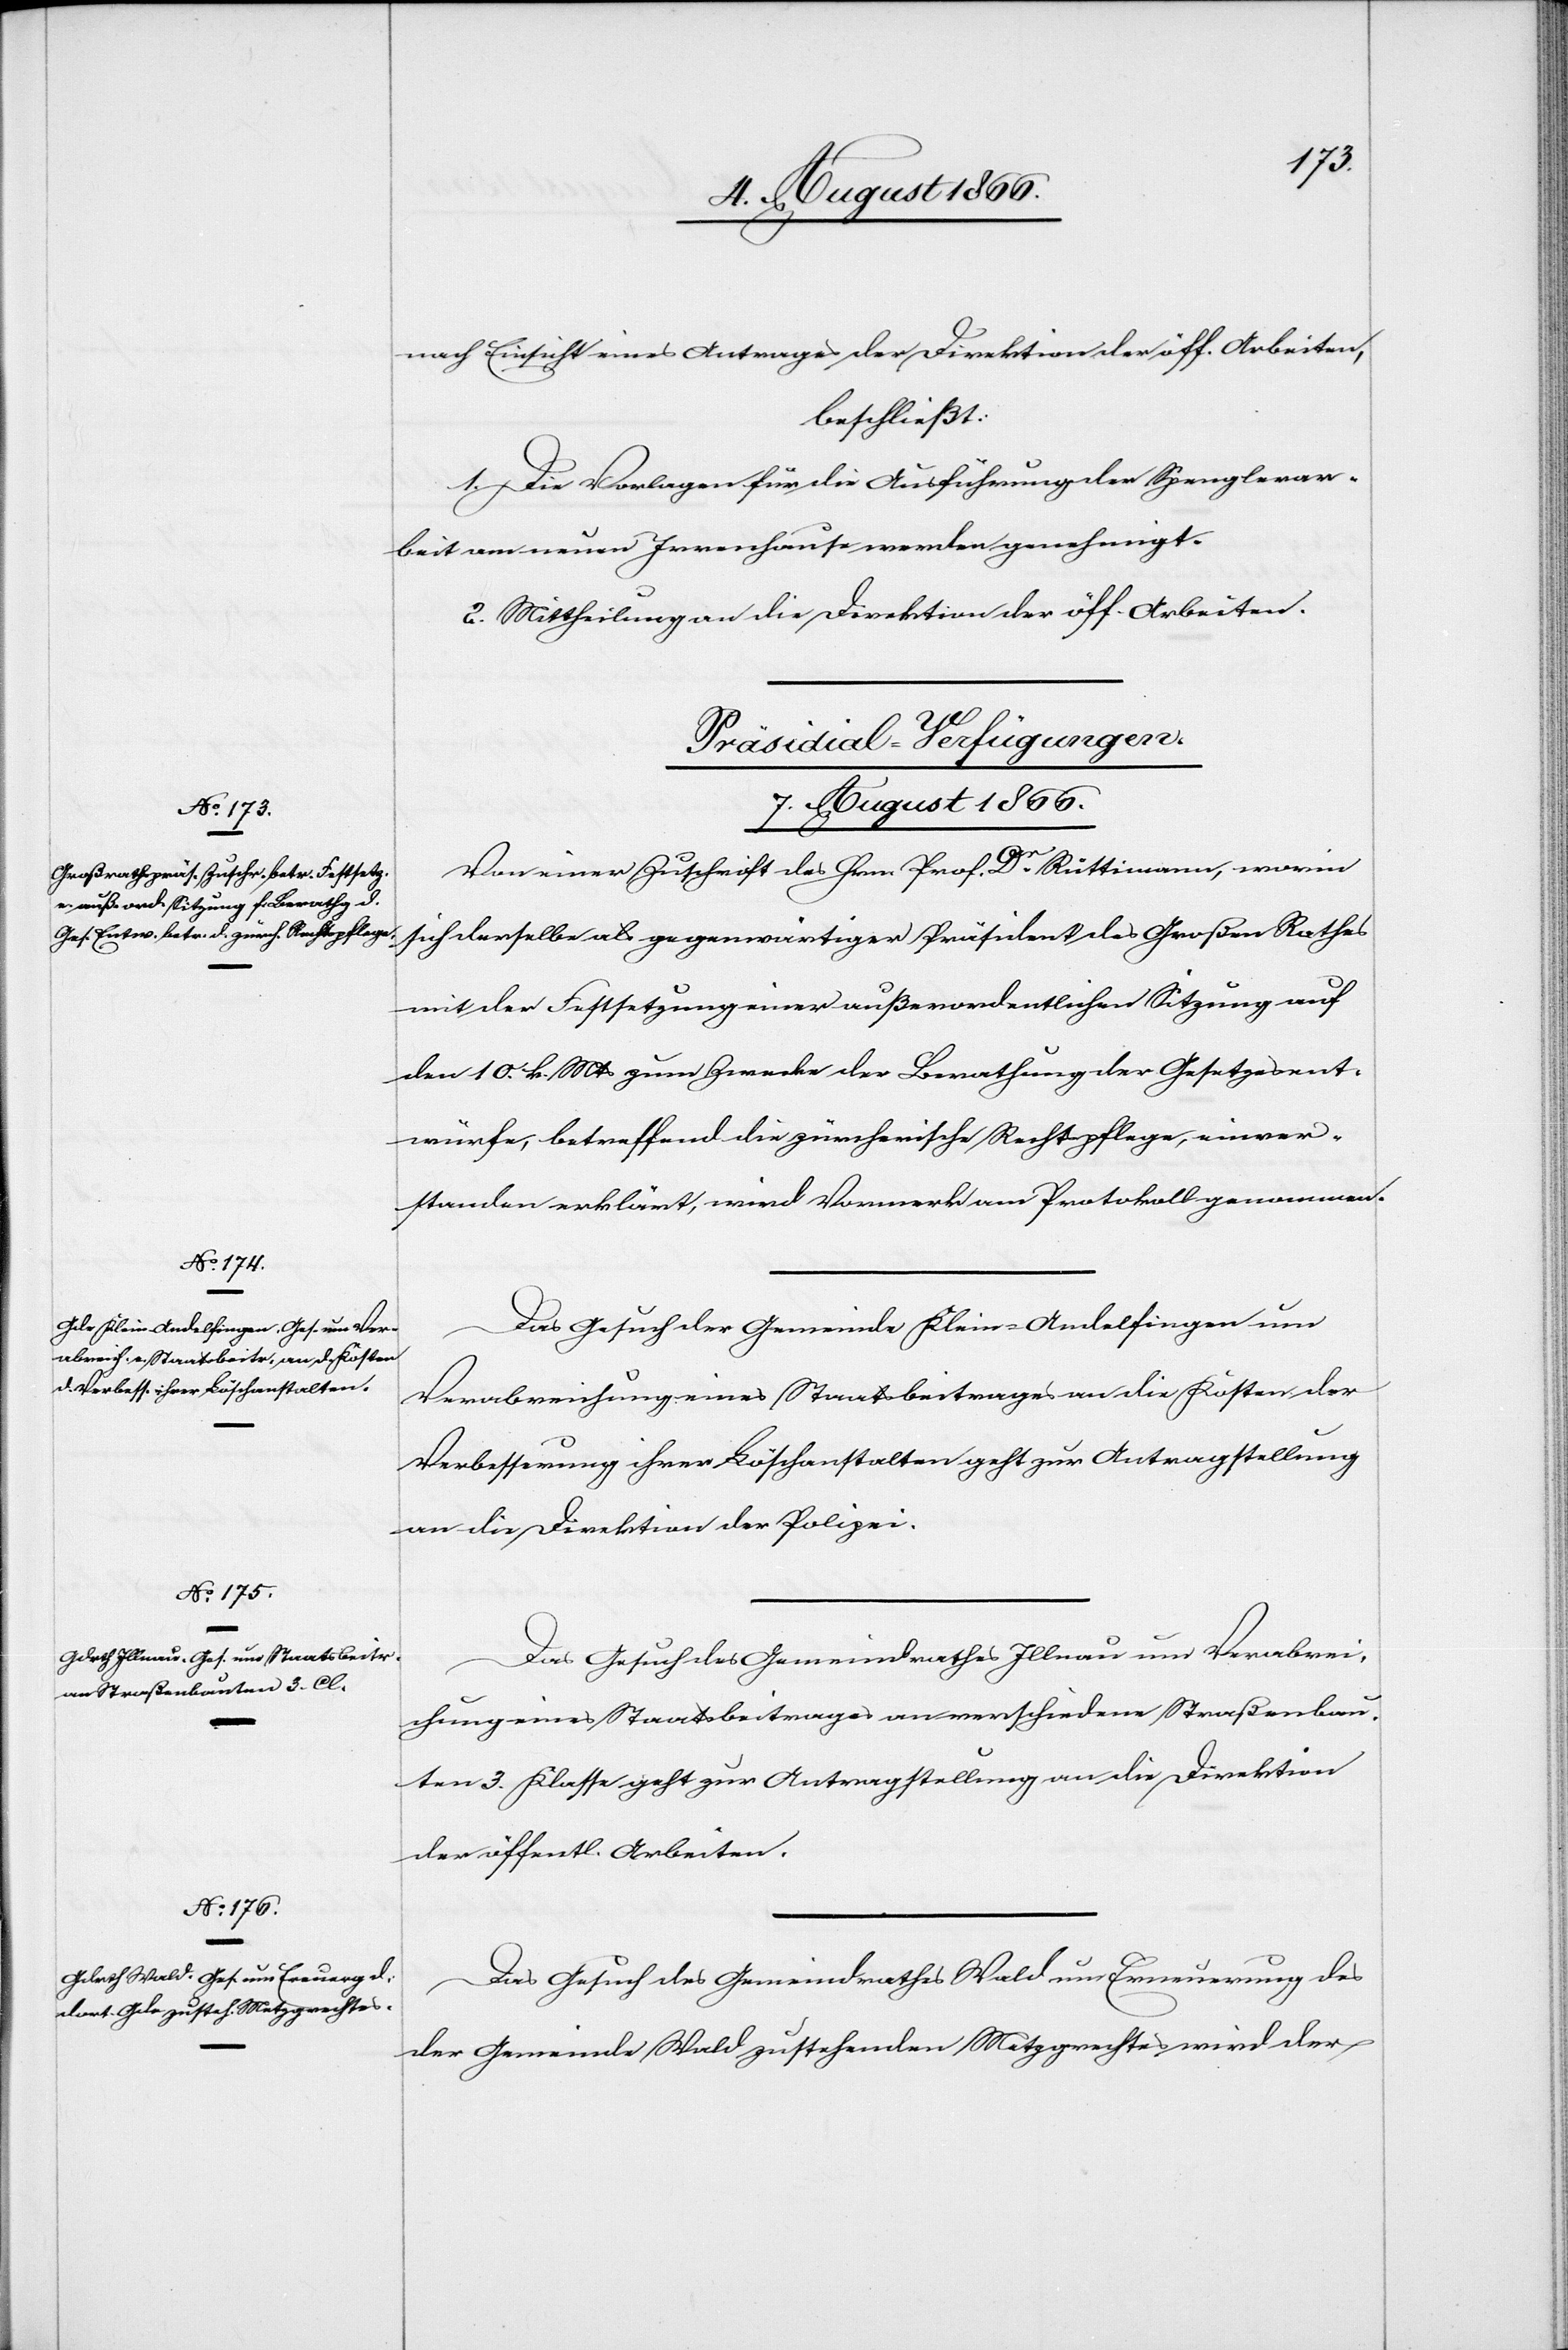
nach Einsicht eines Antrages der Direktion der öff. Arbeiten,
beschließt:
1. Die Vorlagen für die Ausführung der Spenglerar¬
beit am neuen Irrenhause werden genehmigt.
2. Mittheilung an die Direktion der öff. Arbeiten.
[Präsidial-Verfügungen.
7. August 1866.]
Von einer Zuschrift des Hrn. Prof. Dr. Rüttimann, worin
sich derselbe als gegenwärtiger Präsident des Großen Rathes
mit der Festsetzung einer außerordentlichen Sitzung auf
den 10. k. Mts. zum Zwecke der Berathung der Gesetzesent¬
würfe, betreffend die zürcherische Rechtspflege, einver¬
standen erklärt, wird Vormerk am Protokoll genommen.
Das Gesuch der Gemeinde Klein-Andelfingen um
Verabreichung eines Staatsbeitrages an die Kosten der
Verbesserung ihrer Löschanstalten geht zur Antragstellung
an die Direktion der Polizei.
Das Gesuch des Gemeindrathes Illnau um Verabrei¬
chung eines Staatsbeitrages an verschiedene Straßenbau¬
ten 3. Klasse geht zur Antragstellung an die Direktion
der öffentl. Arbeiten.
Das Gesuch des Gemeindrathes Wald um Erneuerung des
der Gemeinde Wald zustehenden Metzgrechtes wird der